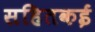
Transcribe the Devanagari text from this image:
सहितकई